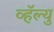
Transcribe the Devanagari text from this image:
व्हॅल्यु